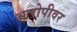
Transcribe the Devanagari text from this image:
आरोपीवर